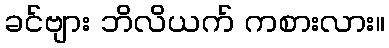
ခင်ဗျား ဘိလိယက် ကစားလား။